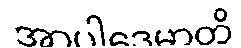
အာပါဒေမာတိ